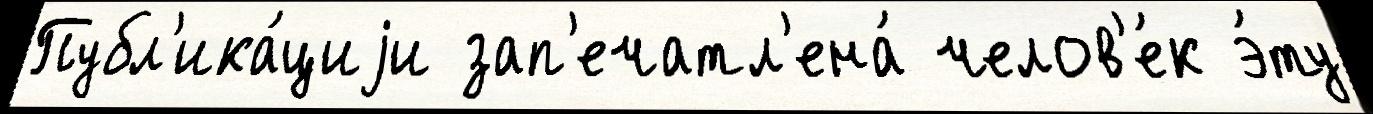
Публ'ика́циjи зап'ечатл'ена́ челов'е́к э́ту